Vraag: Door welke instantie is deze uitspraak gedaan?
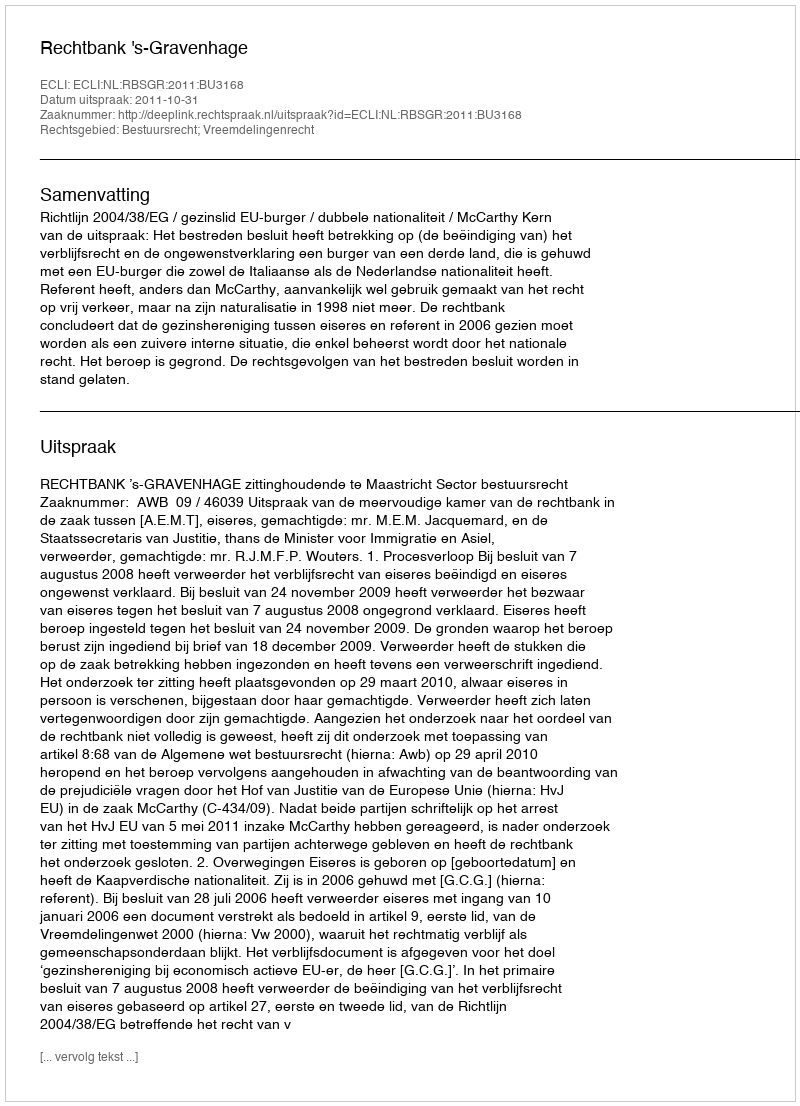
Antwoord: Rechtbank 's-Gravenhage